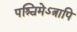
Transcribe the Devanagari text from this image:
पश्चिमेऽत्रापि